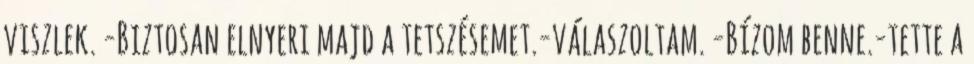
viszlek. -Biztosan elnyeri majd a tetszésemet.-válaszoltam. -Bízom benne.-tette a